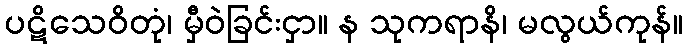
ပဋိသေဝိတုံ၊ မှီဝဲခြင်းငှာ။ န သုကရာနိ၊ မလွယ်ကုန်။